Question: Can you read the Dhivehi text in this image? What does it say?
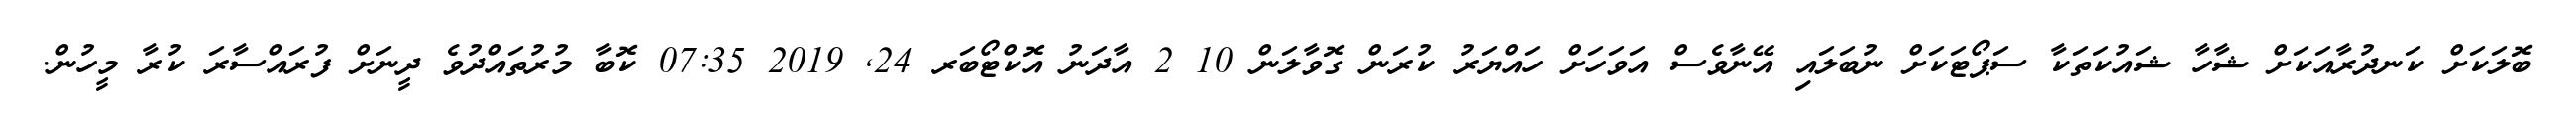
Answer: ބޮލަކަށް ކަނދުރާއަކަށް ޝާހާ ޝައުކަތަކާ ސަޕޯޓަކަށް ނުބަލައި އޭނާވެސް އަވަހަށް ހައްޔަރު ކުރަން ގޮވާލަން 10 2 އާދަނު އޮކްޓޯބަރ 24, 2019 07:35 ކޮބާ މުރުތައްދުވެ ދީނަށް ފުރައްސާރަ ކުރާ މީހުން.